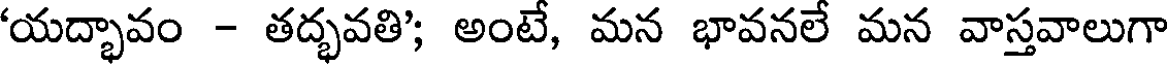
'యద్భావం - తద్భవతి'; అంటే, మన భావనలే మన వాస్తవాలుగా